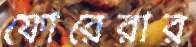
ফোরেরার